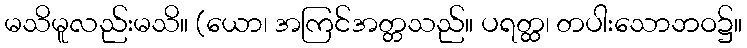
မသိမူလည်းမသိ။ (ယော၊ အကြင်အတ္တသည်။ ပရတ္ထ၊ တပါးသောဘဝ၌။